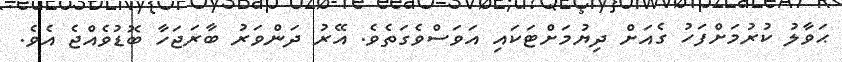
ޙަވާލު ކުރުމަށްފަހު ގެއަށް ދިޔުމަށްޓަކައި އަވަސްވެގަތެވެ. އޭރު ދަންވަރު ބާރަޖަހާ ބޮޑުވެއްޖެ އެވެ.